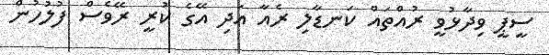
ސީޕީ ވިދާޅުވީ ރުއްތައް ކަނޑާލި ރެއާ އަދި އޭގެ ކުރީ ރޭވެސް ފުލުހުން